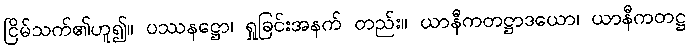
ငြိမ်သက်၏ဟူ၍။ ပဿနဋ္ဌော၊ ရှုခြင်းအနက် တည်း။ ယာနီကတဋ္ဌာဒယော၊ ယာနီကတဋ္ဌ